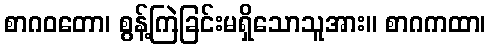
စာဂဝတော၊ စွန့်ကြဲခြင်းမရှိသောသူအား။ စာဂကထာ၊